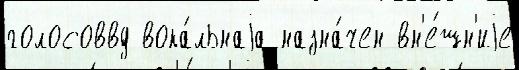
голосоввд вока́льнаjа назна́чен вн'е́шн'иjе